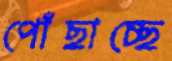
পোঁছাচ্ছে